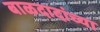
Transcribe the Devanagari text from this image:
बाळदादांच्या